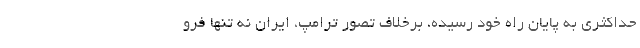
حداکثری به پایان راه خود رسیده، برخلاف تصور ترامپ، ایران نه تنها فرو